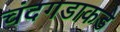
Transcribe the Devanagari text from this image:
चंदगडाकडे